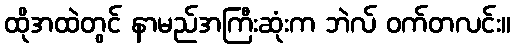
ထိုအထဲတွင် နာမည်အကြီးဆုံးက ဘဲလ် ဝက်တလင်း။